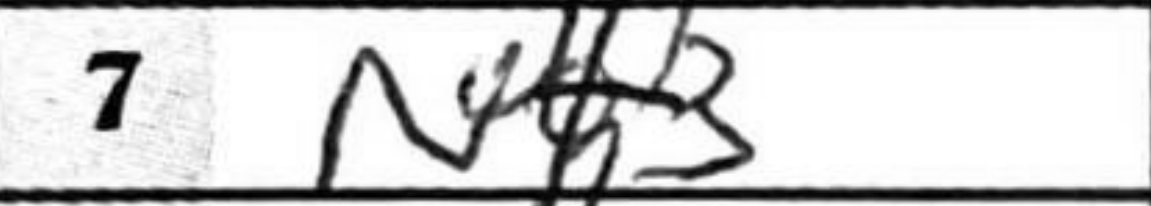
Transcription: Nf3